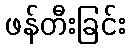
ဖန်တီးခြင်း